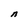
Character: n